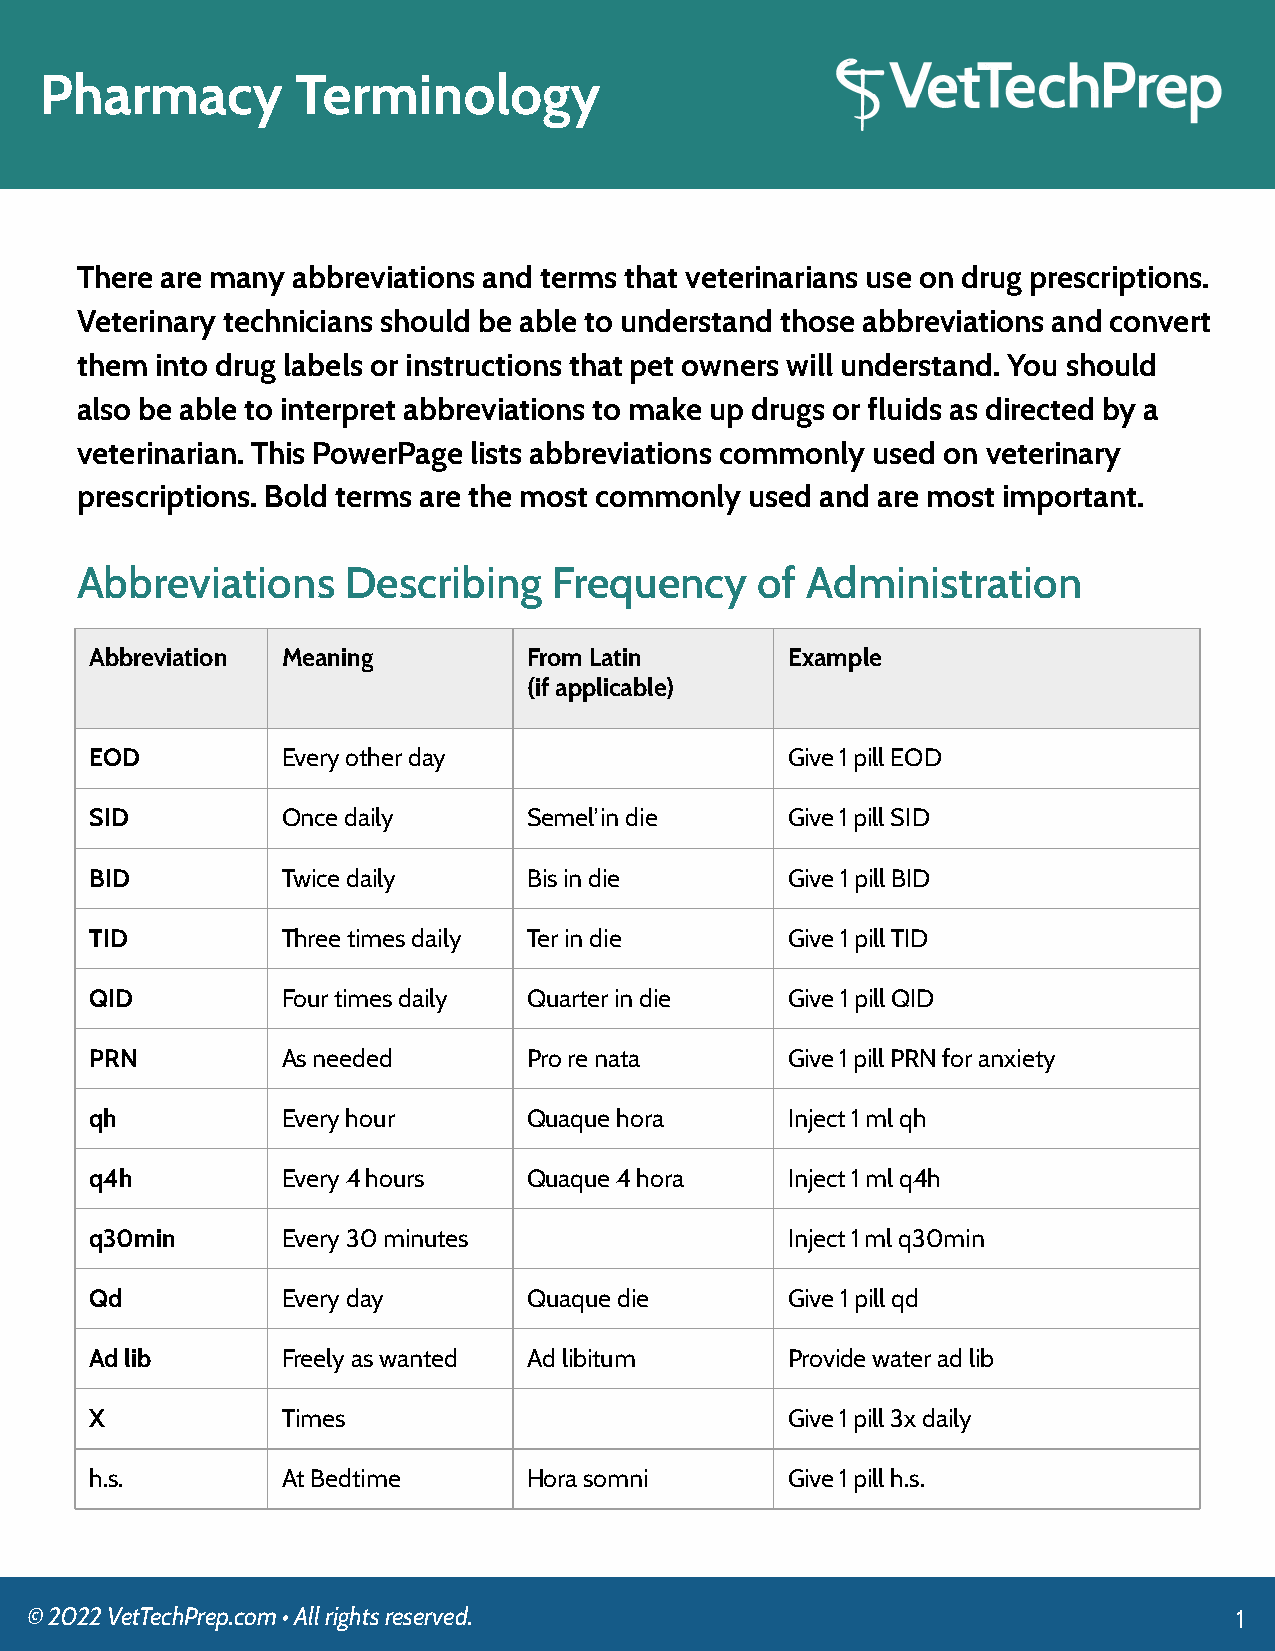
Pharmacy         Terminology
 There are many abbreviations and terms that veterinarians use on drug prescriptions.
 Veterinary technicians should be able to understand those abbreviations and convert
 them into drug labels or instructions that pet owners will understand. You should
 also be able to interpret abbreviations to make up drugs or fluids as directed by a
 veterinarian. This PowerPage lists abbreviations commonly used on veterinary
 prescriptions. Bold terms are the most commonly used and are most important.
 Abbreviations     Describing    Frequency    of Administration
 Abbreviation Meaning         From Latin       Example
 (if applicable)
 EOD          Every other day                  Give 1 pill EOD
 SID          Once daily      Semel’in die     Give 1 pill SID
 BID          Twice daily     Bis in die       Give 1 pill BID
 TID          Three times daily Ter in die     Give 1 pill TID
 QID          Four times daily Quarter in die  Give 1 pill QID
 PRN          As needed       Pro re nata      Give 1 pill PRN for anxiety
 qh           Every hour      Quaque hora      Inject 1 ml qh
 q4h          Every 4 hours   Quaque 4 hora    Inject 1 ml q4h
 q30min       Every 30 minutes                 Inject 1 ml q30min
 Qd           Every day       Quaque die       Give 1 pill qd
 Ad lib       Freely as wanted Ad libitum      Provide water ad lib
 X            Times                            Give 1 pill 3x daily
 h.s.         At Bedtime      Hora somni       Give 1 pill h.s.
 © 2022 VetTechPrep.com • All rights reserved.                                   1